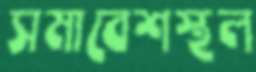
সমাবেশস্থল